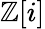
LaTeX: \mathbb{Z}[i]